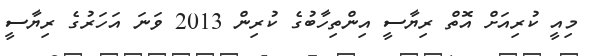
މިއީ ކުރިއަށް އޮތް ރިޔާސީ އިންތިހާބުގެ ކުރިން 2013 ވަނަ އަހަރުގެ ރިޔާސީ